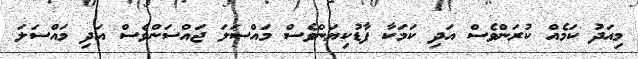
މިއަދު ކަމެއް ކުރަންވެސް އަދި ކަމަކާ ފާޑުކިޔަންވެސް މައްސަލަ ޖައްސަންވެސް އަދި މައްސަލަ